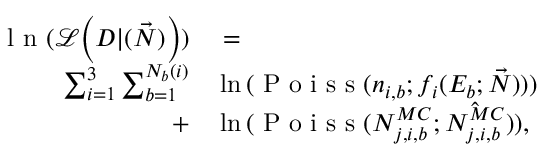
\begin{array} { r l } { \mathrm { ~ l ~ n ~ } ( \mathcal { L } \Big ( D | ( \vec { N } ) \Big ) ) } & { { } = } \\ { \sum _ { i = 1 } ^ { 3 } \sum _ { b = 1 } ^ { N _ { b } ( i ) } } & { { } \ln { ( \mathrm { ~ P ~ o ~ i ~ s ~ s ~ } ( n _ { i , b } ; f _ { i } ( E _ { b } ; \vec { N } ) ) ) } } \\ { + } & { { } \ln { ( \mathrm { ~ P ~ o ~ i ~ s ~ s ~ } ( N _ { j , i , b } ^ { M C } ; \hat { N _ { j , i , b } ^ { M C } } ) ) } , } \end{array}